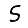
Digit: 5